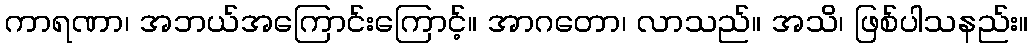
ကာရဏာ၊ အဘယ်အကြောင်းကြောင့်။ အာဂတော၊ လာသည်။ အသိ၊ ဖြစ်ပါသနည်း။